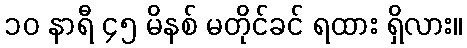
၁၀ နာရီ ၄၅ မိနစ် မတိုင်ခင် ရထား ရှိလား။